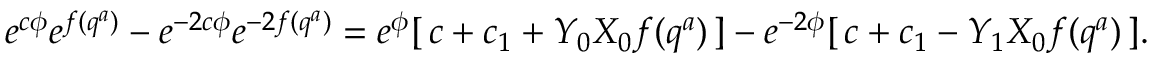
e ^ { c \phi } e ^ { f ( q ^ { a } ) } - e ^ { - 2 c \phi } e ^ { - 2 f ( q ^ { a } ) } = e ^ { \phi } [ \, c + c _ { 1 } + Y _ { 0 } X _ { 0 } f ( q ^ { a } ) \, ] - e ^ { - 2 \phi } [ \, c + c _ { 1 } - Y _ { 1 } X _ { 0 } f ( q ^ { a } ) \, ] .